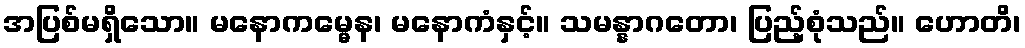
အပြစ်မရှိသော။ မနောကမ္မေန၊ မနောကံနှင့်။ သမန္နာဂတော၊ ပြည့်စုံသည်။ ဟောတိ၊